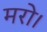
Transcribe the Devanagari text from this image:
मरो।